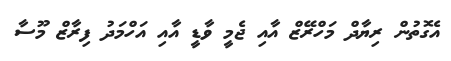
އެގޮތުން ރިޔާދް މަހްރޭޒް އާއި ޖެމީ ވާޑީ އާއި އަހްމަދު ފިރާޒް މޫސާ